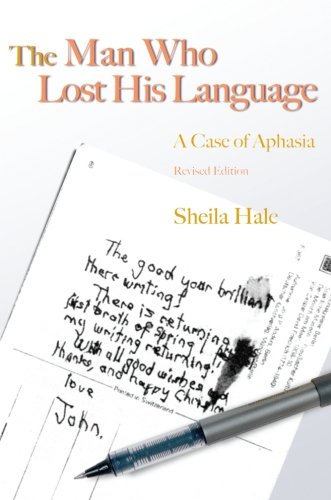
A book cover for The Man Who Lost His Language: A Case of Aphasia; Sheila Hale; Health, Fitness & Dieting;